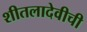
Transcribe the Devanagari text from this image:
शीतलादेवीची